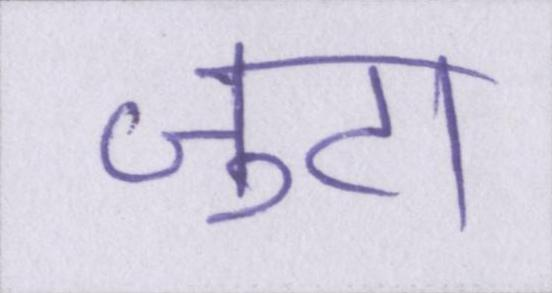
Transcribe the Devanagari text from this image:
जुटा